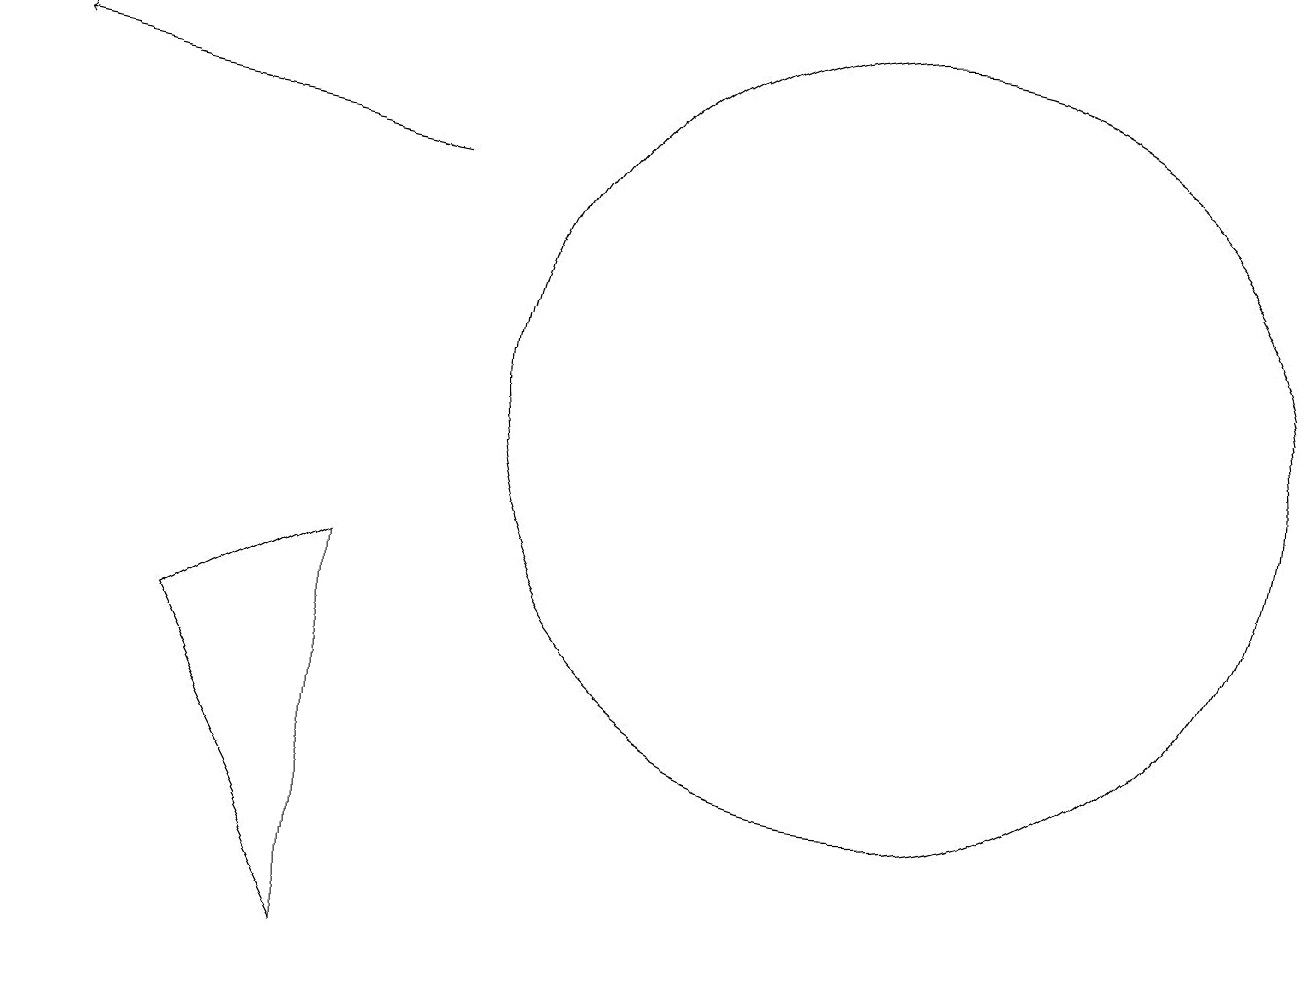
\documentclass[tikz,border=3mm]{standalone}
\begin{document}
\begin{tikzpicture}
\draw (2,8) -- (4,9) -- (4,4) -- cycle;
\draw (11,11) circle (5);
\draw[->] (5,14) -- (0,15);
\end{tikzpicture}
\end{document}